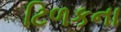
ટિળકના